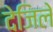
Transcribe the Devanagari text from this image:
देजिले